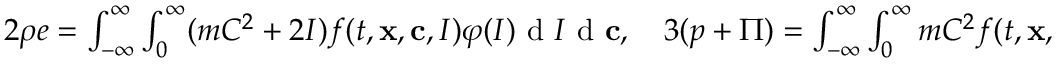
\begin{array} { r } { 2 \rho e = \int \displaylimits _ { - \infty } ^ { \infty } \int \displaylimits _ { 0 } ^ { \infty } ( m C ^ { 2 } + 2 I ) f ( t , \mathbf x , \mathbf c , I ) \varphi ( I ) \textrm { d } I \textrm { d } \mathbf c , \quad 3 ( p + \Pi ) = \int \displaylimits _ { - \infty } ^ { \infty } \int \displaylimits _ { 0 } ^ { \infty } m C ^ { 2 } f ( t , \mathbf x , \mathbf c , I ) \varphi ( I ) \textrm { d } I \textrm { d } \mathbf c . } \end{array}